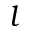
l